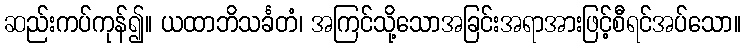
ဆည်းကပ်ကုန်၍။ ယထာဘိသင်္ခတံ၊ အကြင်သို့သောအခြင်းအရာအားဖြင့်စီရင်အပ်သော။